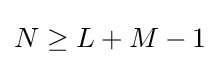
N\geq L+M-1